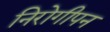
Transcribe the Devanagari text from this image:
निरोगीपन